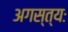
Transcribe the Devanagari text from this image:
अगस्त्यः